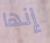
إنها